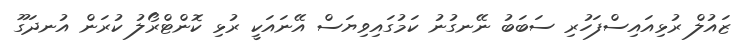
ޒައުލް ރުޅިއައިސްފަހުރި ސަބަބު ނޭނގުނު ކަމުގައިވިޔަސް އޭނައަކީ ރުޅި ކޮންޓްރޯލު ކުރަން އުނދަގޫ